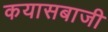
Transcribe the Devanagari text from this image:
कयासबाजी